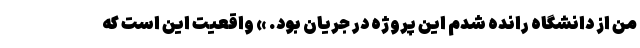
من از دانشگاه رانده شدم این پروژه در جریان بود. » واقعیت این است که